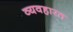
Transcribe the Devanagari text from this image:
व्‍यवहारत